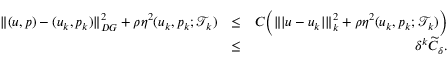
\begin{array} { r l r } { \| ( \boldsymbol { u } , \boldsymbol { p } ) - ( \boldsymbol { u } _ { k } , \boldsymbol { p } _ { k } ) \| _ { D G } ^ { 2 } + \rho \eta ^ { 2 } ( \boldsymbol { u } _ { k } , \boldsymbol { p } _ { k } ; \mathcal { T } _ { k } ) } & { \leq } & { C \bigg ( \| \vert \boldsymbol { u } - \boldsymbol { u } _ { k } \vert \| _ { k } ^ { 2 } + \rho \eta ^ { 2 } ( \boldsymbol { u } _ { k } , \boldsymbol { p } _ { k } ; \mathcal { T } _ { k } ) \bigg ) } \\ & { \leq } & { \delta ^ { k } \widetilde { C } _ { \delta } . } \end{array}